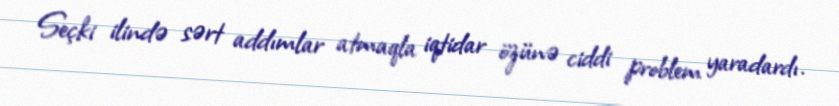
Seçki ilində sərt addımlar atmaqla iqtidar özünə ciddi problem yaradardı.